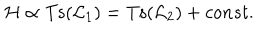
{ \cal H } \propto \mathrm { T s } ( { \cal L } _ { 1 } ) = \mathrm { T s } ( { \cal L } _ { 2 } ) + c o n s t .